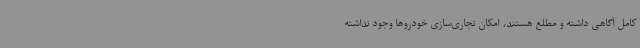
کامل آگاهی داشته و مطلع هستند، امکان تجاری‌سازی خودروها وجود نداشته